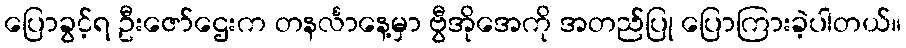
ပြောခွင့်ရ ဦးဇော်ဌေးက တနင်္လာနေ့မှာ ဗွီအိုအေကို အတည်ပြု ပြောကြားခဲ့ပါတယ်။